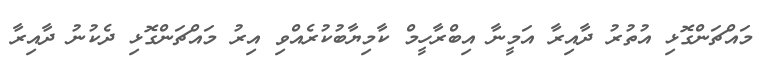
މައްޗަންގޮޅި އުތުރު ދާއިރާ އަމީނާ އިބްރާހީމް ކާމިޔާބުކުރެއްވި އިރު މައްޗަންގޮޅި ދެކުނު ދާއިރާ